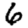
Digit: 6